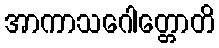
အာကာသဂေါတ္တောတိ